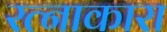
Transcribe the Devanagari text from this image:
रत्नाकारा